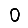
Digit: 0